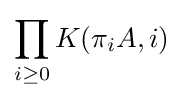
\prod _{i\geq 0}K(\pi _{i}A,i)